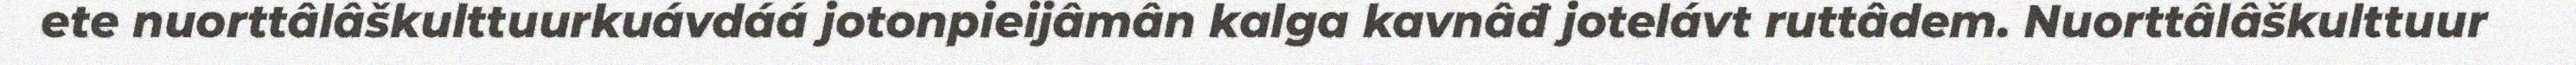
ete nuorttâlâškulttuurkuávdáá jotonpieijâmân kalga kavnâđ jotelávt ruttâdem. Nuorttâlâškulttuur